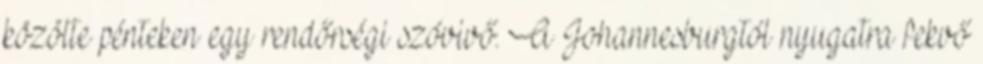
közölte pénteken egy rendőrségi szóvivő. A Johannesburgtól nyugatra fekvő